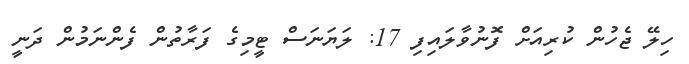
ހިލޭ ޖެހުން ކުރިއަށް ފޮނުވާލައިފި 17: ލަޔަނަސް ޓީމިގެ ފަރާތުން ފެންނަމުން ދަނީ